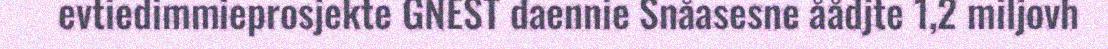
evtiedimmieprosjekte GNEST daennie Snåasesne åådjte 1,2 miljovh